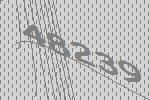
48239